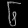
Digit: ၆